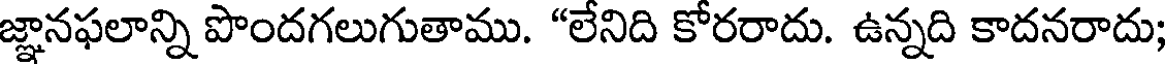
జ్ఞానఫలాన్ని పొందగలుగుతాము. "లేనిది కోరరాదు. ఉన్నది కాదనరాదు;